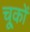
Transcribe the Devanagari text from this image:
चू्कों